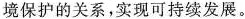
境保护的关系，实现可持续发展。